Studies on the mouth parts a Comparative anatomy of the proboscis in the blood-sucking muscidae - Number 60
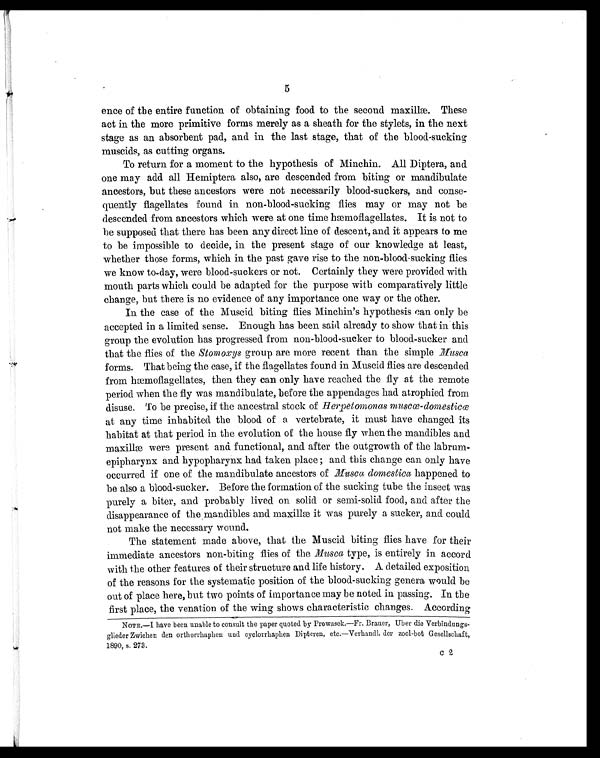
5
ence of the entire function of obtaining food to the second maxillæ. These
act in the more primitive forms merely as a sheath for the stylets, in the next
stage as an absorbent pad, and in the last stage, that of the blood-sucking
muscids, as cutting organs.
To return for a moment to the hypothesis of Minchin. All Diptera, and
one may add all Hemiptera also, are descended from biting or mandibulate
ancestors, but these ancestors were not necessarily blood-suckers, and conse-
quently flagellates found in non-blood-sucking flies may or may not be
descended from ancestors which were at one time hæmoflagellates. It is not to
be supposed that there has been any direct line of descent, and it appears to me
to be impossible to decide, in the present stage of our knowledge at least,
whether those forms, which in the past gave rise to the non-blood-sucking flies
we know to-day, were blood-suckers or not. Certainly they were provided with
mouth parts which could be adapted for the purpose with comparatively little
change, but there is no evidence of any importance one way or the other.
In the case of the Muscid biting flies Minchin's hypothesis can only be
accepted in a limited sense. Enough has been said already to show that in this
group the evolution has progressed from non-blood-sucker to blood-sucker and
that the flies of the Stomoxys group are more recent than the simple Musca
forms. That being the case, if the flagellates found in Muscid flies are descended
f r o m h æmo f l a g e l l a t e s , t h e n t h e y c a n o n l y h a v e r e a c h e d t h e f l y a t t h e r e mo t e
period when the fly was mandibulate, before the appendages had atrophied from
disuse. To be precise, if the ancestral stock of H erpetomonas muscœ-domesticœ
at any time inhabited the blood of a vertebrate, it must have changed its
habitat at that period in the evolution of the house fly when the mandibles and
maxillæ were present and functional, and after the outgrowth of the labrum-
epipharynx and hypopharynx had taken place; and this change can only have
occurred if one of the mandibulate ancestors of Musca domestica happened to
be also a blood-sucker. Before the formation of the sucking tube the insect was
purely a biter, and probably lived on solid or semi-solid food, and after the
disappearance of the mandibles and maxillæ it was purely a sucker, and could
not make the necessary wound.
The statement made above, that the Muscid biting flies have for their
immediate ancestors non-biting flies of the Musca type, is entirely in accord
with the other features of their structure and life history. A detailed exposition
of the reasons for the systematic position of the blood-sucking genera would be
out of place here, but two points of importance may be noted in passing. In the
first place, the venation of the wing shows characteristic changes. According
NOTE.—I have been unable to consult the paper quoted by Prowasek.—Fr. Brauer, Uber die Verbindungs-
glieder Zwichen den orthorrhaphen and cyclorrhaphen Dipteren, etc.—Verhandl. der zool-hot Gesellschaft,
1890. s . 273.
c2